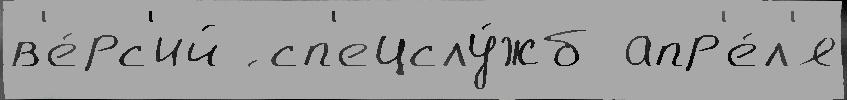
в'е́рс'ий ́ сп'ецслу́жб апр'е́л'я